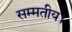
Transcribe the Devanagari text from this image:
सम्मतीय।